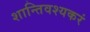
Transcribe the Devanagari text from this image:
शान्तिवश्यकरं